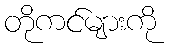
တိုကင်များကို